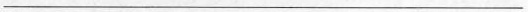
___